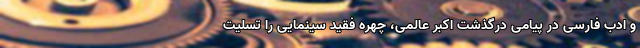
و ادب فارسی در پیامی درگذشت اکبر عالمی، چهره فقید سینمایی را تسلیت